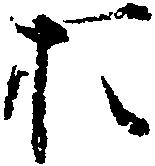
お